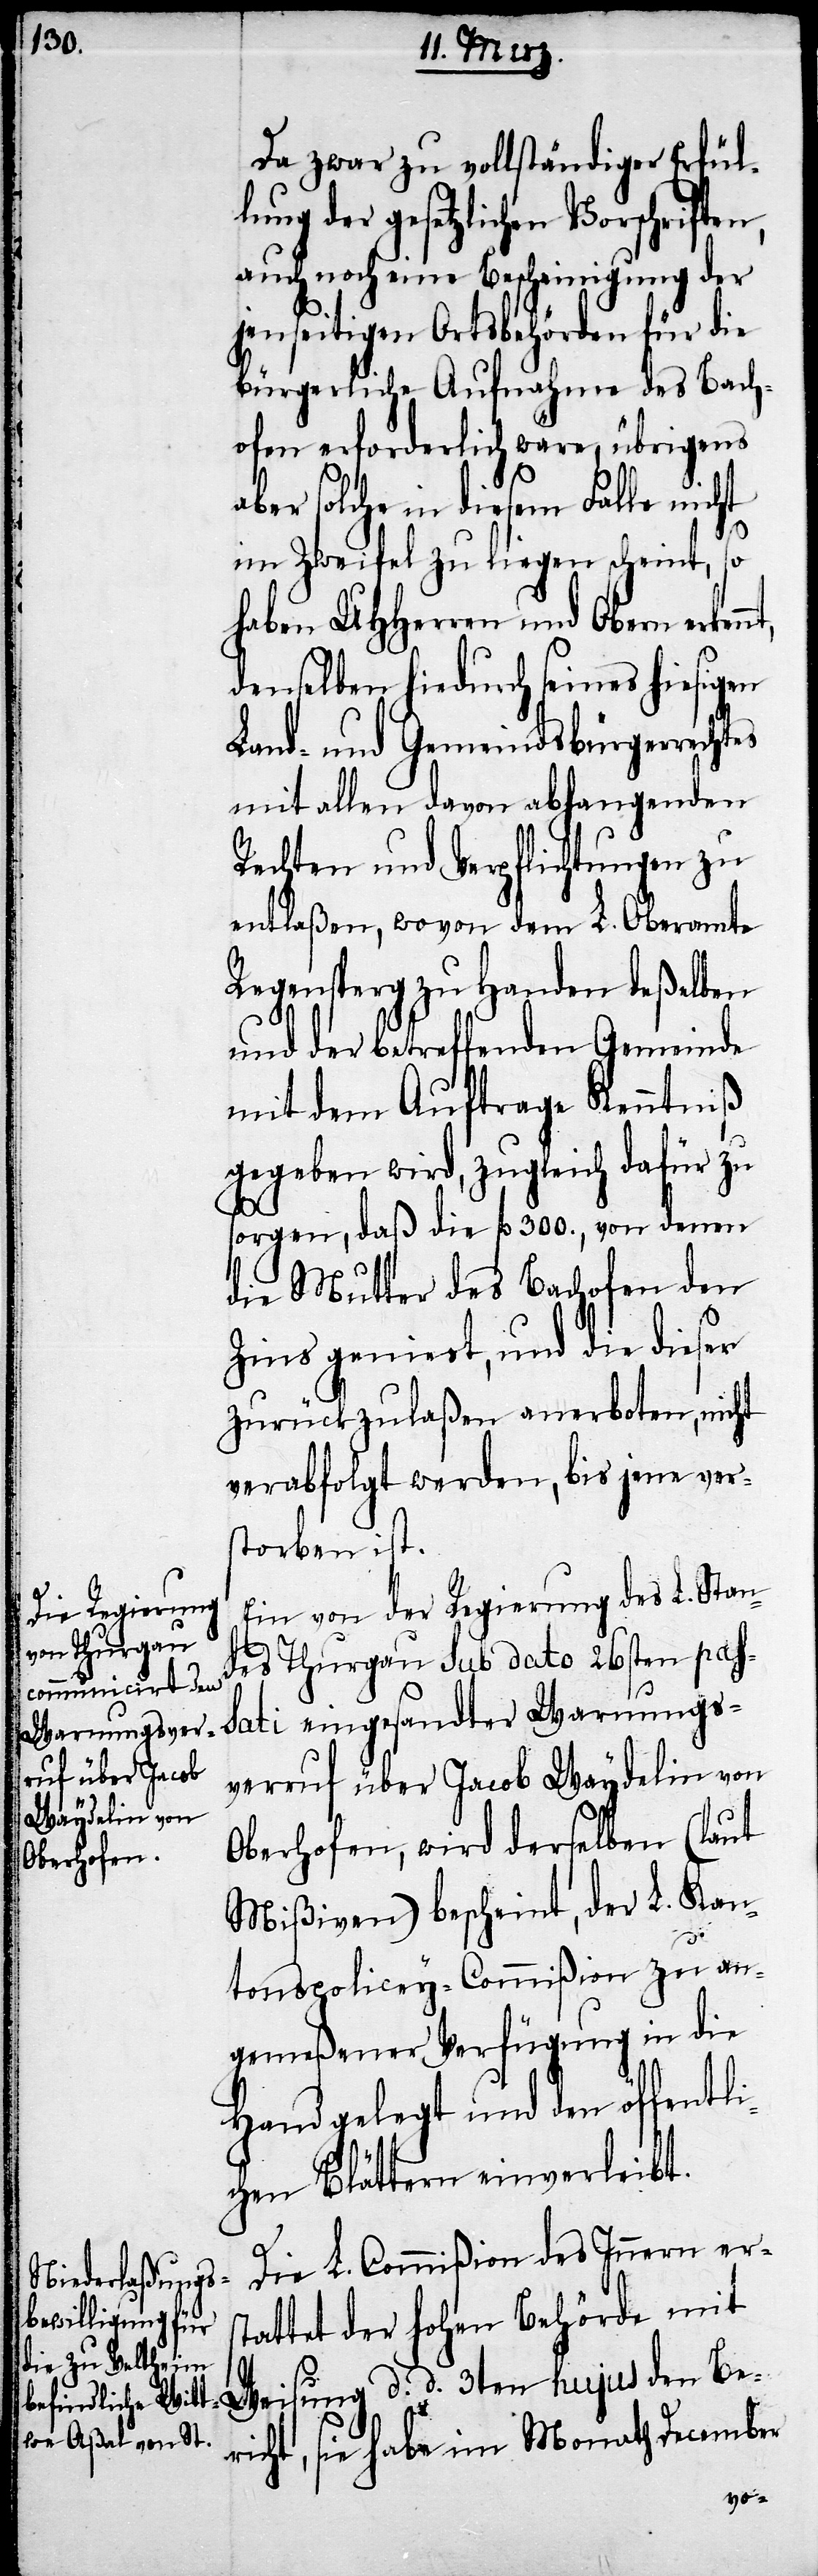
Da zwar zu vollständiger Erfül¬
lung der gesetzlichen Vorschriften,
auch noch eine Bescheinigung der
jenseitigen Ortsbehörden für die
bürgerliche Aufnahme des Bach¬
ofen erforderlich wäre, übrigens
aber solche in diesem Falle nicht
im Zweifel zu liegen scheint, so
haben UHHerren und Obern erken¬
denselben hiedurch seines hiesigen
Land- und Gemeindsbürgerrechtes
mit allen davon abhangenden
Rechten und Verpflichtungen zu
entlaßen, wovon dem L. Oberamte
Regensperg zu Handen deßelben
und der betreffenden Gemeinde
mit dem Auftrage Kenntniß
gegeben wird, zugleich dafür zu
sorgen, daß die fl. 300. von denen
die Mutter des Bachofen den
Zins geniest, und die dieser
zurückzulaßen anerboten, nicht
verabfolgt werden, bis jene ver¬
storben ist.
Ein von der Regierung des L. Stan¬
des Thurgau sub dato 26ten pass¬
ati eingesandter Warnungs¬
verruf über Jacob Waydelin von
Oberhofen, wird derselben (laut
Mißiven) bescheint, der L. Kan¬
tonspolicey-Commißion zu an¬
gemeßener Verfügung in die
Hand gelegt und den öffentli¬
chen Blättern einverleibt.
Die L. Commißion des Innern ers¬
tattet der hohen Behörde mit
Weisung d. d. 3ten hujus den Be¬
richt, sie habe im Monath December
nt,